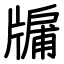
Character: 牖